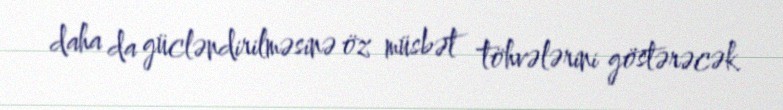
daha da gücləndirilməsinə öz müsbət töhvələrini göstərəcək.